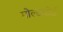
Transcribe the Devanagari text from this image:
मोल्डबोर्ड